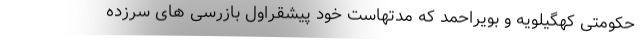
حکومتی کهگیلویه و بویراحمد که مدتهاست خود پیشقراول بازرسی های سرزده